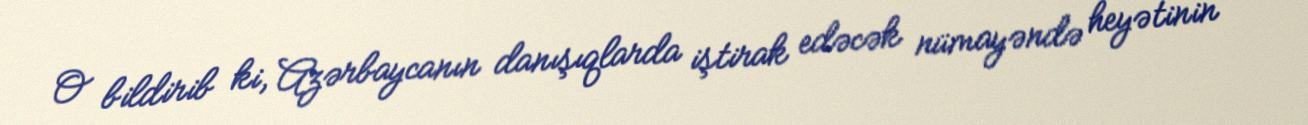
O bildirib ki, Azərbaycanın danışıqlarda iştirak edəcək nümayəndə heyətinin